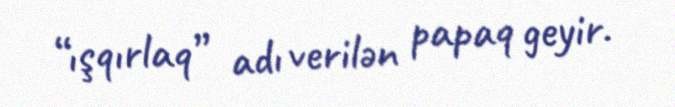
“ışqırlaq” adı verilən papaq geyir.